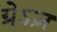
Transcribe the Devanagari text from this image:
ग्रेऽज़